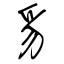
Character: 豸